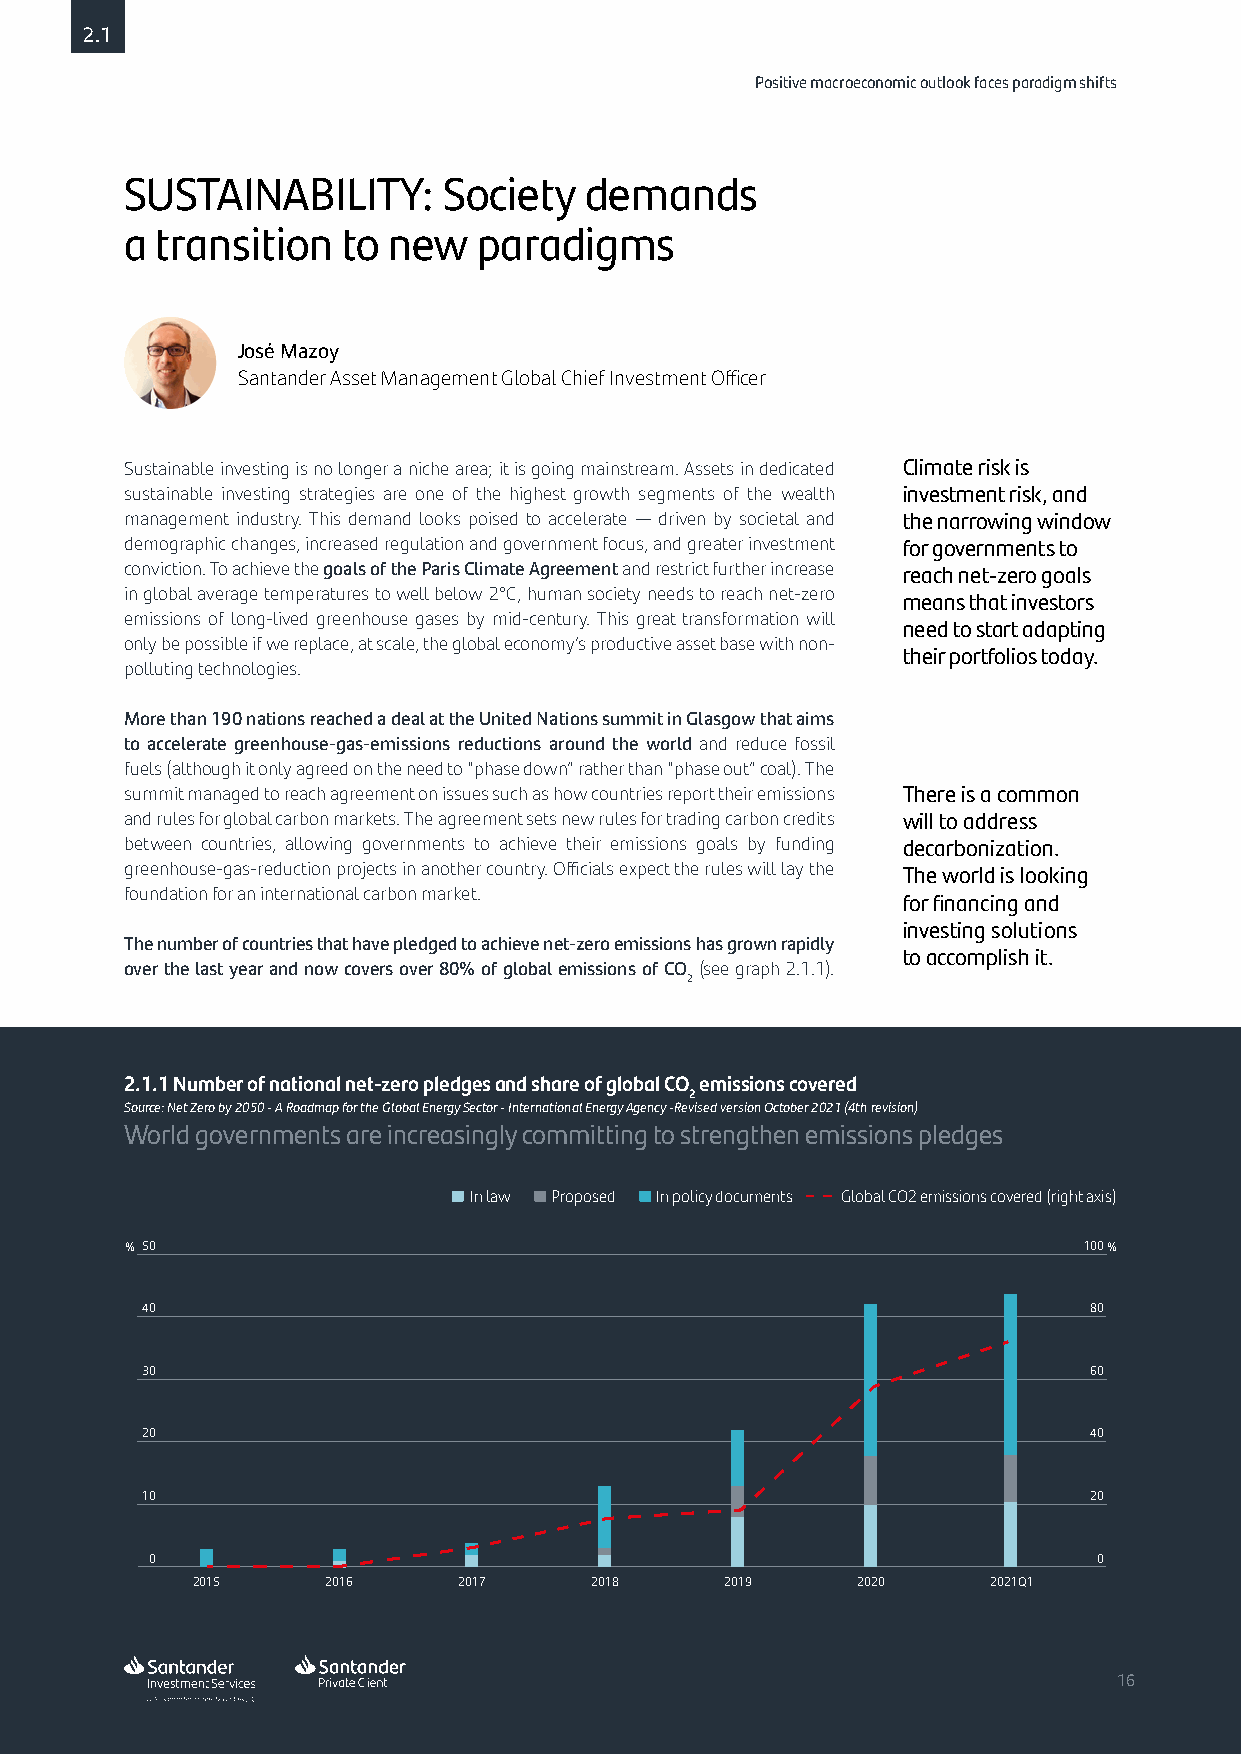
2.1
 Positive macroeconomic outlook faces paradigm shifts
 SUSTAINABILITY:      Society   demands
 a transition   to new   paradigms
 José Mazoy
 Santander Asset Management Global Chief Investment Officer
 Sustainable investing is no longer a niche area; it is going mainstream. Assets in dedicated Climate risk is
 sustainable investing strategies are one of the highest growth segments of the wealth investment risk, and
 management industry. This demand looks poised to accelerate — driven by societal and the narrowing window
 demographic changes, increased regulation and government focus, and greater investment for governments to
 conviction. To achieve the goals of the Paris Climate Agreement and restrict further increase reach net-zero goals
 in global average temperatures to well below 2°C, human society needs to reach net-zero
 means that investors
 emissions of long-lived greenhouse gases by mid-century. This great transformation will
 need to start adapting
 only be possible if we replace, at scale, the global economy’s productive asset base with non-
 their portfolios today.
 polluting technologies.
 More than 190 nations reached a deal at the United Nations summit in Glasgow that aims
 to accelerate greenhouse-gas-emissions reductions around the world and reduce fossil
 fuels (although it only agreed on the need to “phase down” rather than “phase out” coal). The
 summit managed to reach agreement on issues such as how countries report their emissions There is a common
 and rules for global carbon markets. The agreement sets new rules for trading carbon credits will to address
 between countries, allowing governments to achieve their emissions goals by funding decarbonization.
 greenhouse-gas-reduction projects in another country. Officials expect the rules will lay the The world is looking
 foundation for an international carbon market.
 for financing and
 investing solutions
 The number of countries that have pledged to achieve net-zero emissions has grown rapidly
 to accomplish it.
 over the last year and now covers over 80% of global emissions of CO (see graph 2.1.1).
 2
 2.1.1 Number of national net-zero pledges and share of global CO emissions covered
 2
 Source: Net Zero by 2050 - A Roadmap for the Global Energy Sector - International Energy Agency -Revised version October 2021 (4th revision)
 World governments are increasingly committing to strengthen emissions pledges
 In law Proposed In policy documents Global CO2 emissions covered (right axis)
 % 50                                                            100%
 40                                                             80
 30                                                             60
 20                                                             40
 10                                                             20
 0                                                              0
 2015     2016    2017     2018     2019     2020     2021Q1
 16